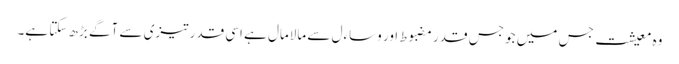
وہ معیشت جس میں جو جس قدر مضبوط اور وساءل سے مالامال ہے اسی قدر تیزی سے آگے بڑھ سکتا ہے۔